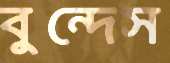
বুন্দেস